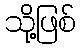
သို့ဖြစ်